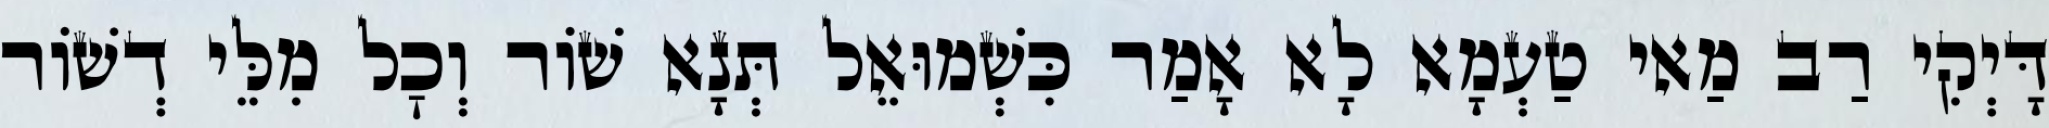
דָּיְקִי רַב מַאי טַעְמָא לָא אָמַר כִּשְׁמוּאֵל תְּנָא שׁוֹר וְכׇל מִלֵּי דְשׁוֹר